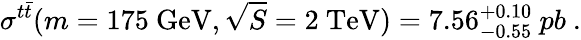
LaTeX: \sigma^{t\bar{t}}(m=175\ \mathrm{GeV},\sqrt{S}=2\ \mathrm{TeV})=7.56_{-0.55}^{+0.10}\ pb\ .